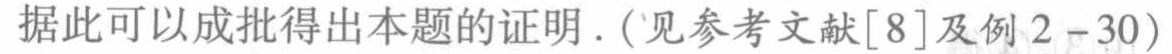
据此可以成批得出本题的证明. (见参考文献[8]及例2 - 30)